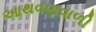
આથવણવાળી